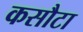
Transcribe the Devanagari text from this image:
कसौटा